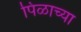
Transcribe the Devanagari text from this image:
पिळाच्या